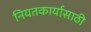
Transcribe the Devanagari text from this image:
नियतकार्यासाठी